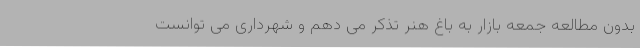
بدون مطالعه جمعه بازار به باغ هنر تذکر می دهم و شهرداری می توانست